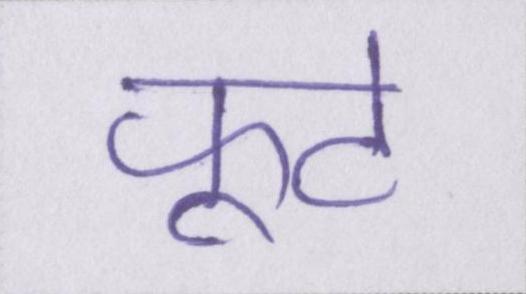
फूटे